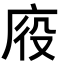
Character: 𭙠